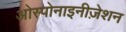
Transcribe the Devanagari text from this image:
ओस्पोनाइनीज़ेशन